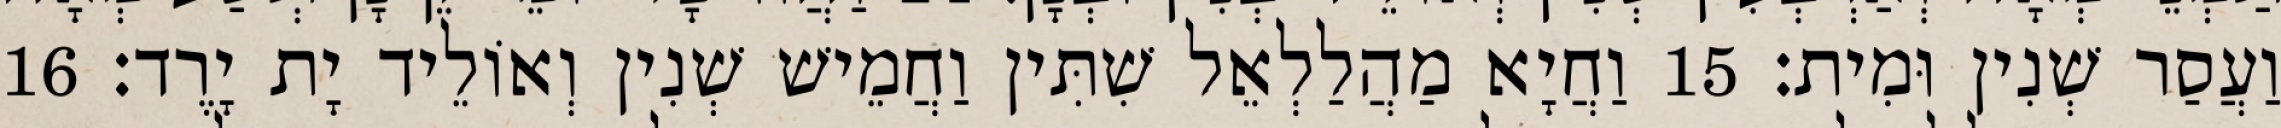
וַעֲסַר שְׁנִין וּמִית׃ 15 וַחֲיָא מַהֲלַלְאֵל שִׁתִּין וַחֲמֵישׁ שְׁנִין וְאוֹלֵיד יָת יָרֶד׃ 16